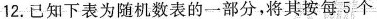
12. 已知下表为随机数表的一部分，将其按每 5 个